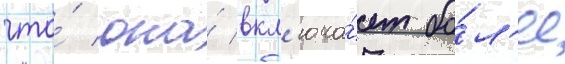
что́ она́ вкл'юча́ет бо́л'ее